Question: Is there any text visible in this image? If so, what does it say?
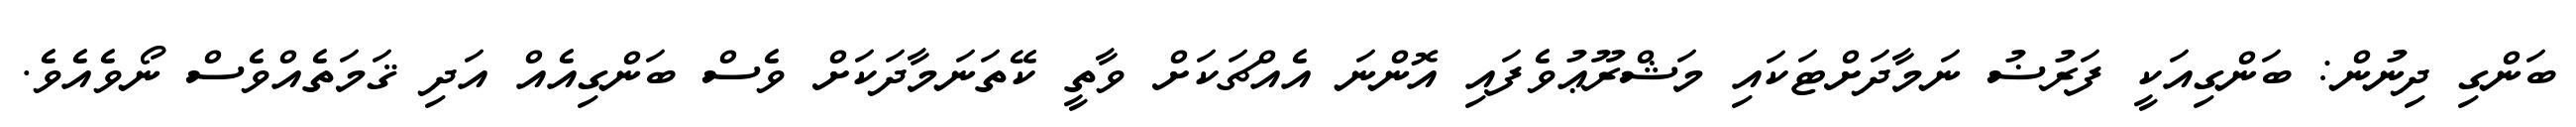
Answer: ބަންގި ދިނުން: ބަންގިއަކީ ފަރުޟު ނަމާދަށްޓަކައި މަޝްރޫޢުވެފައި އޮންނަ އެއްޗަކަށް ވާތީ ކޭތަނަމާދަކަށް ވެސް ބަންގިއެއް އަދި ޤަމަތެއްވެސް ނޯވެއެވެ.